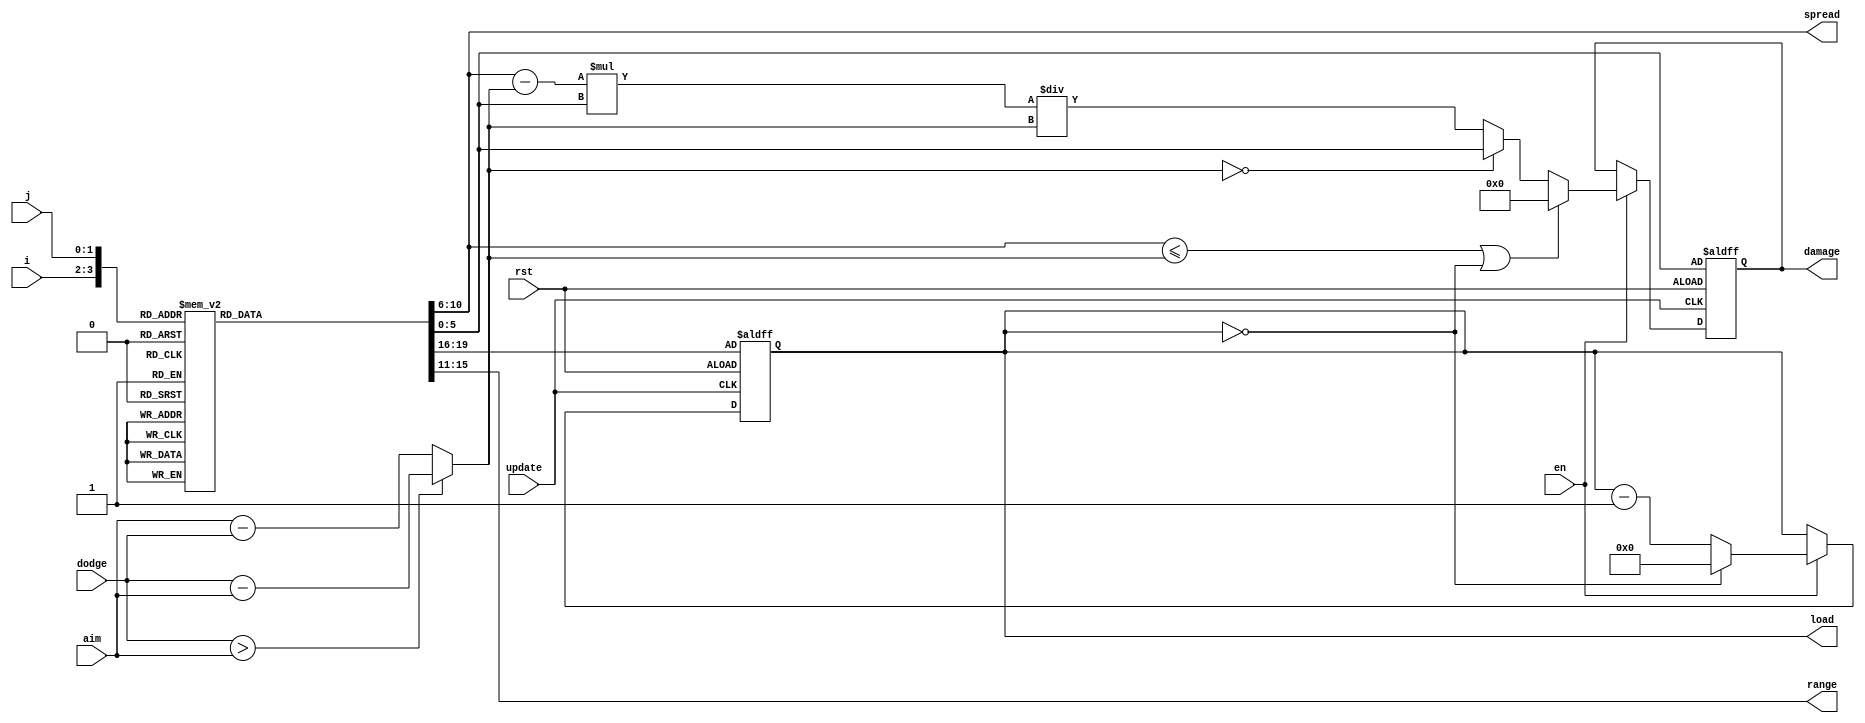
module attack(
       input update,
		 input en, 
		 input rst, 
		 input [1:0]i, 
		 input [1:0]j,
		 input [4:0]dodge,
		 input [4:0]aim,
		 output reg [4:0]spread,
		 output reg [4:0]range,
		 output reg [3:0]load,
		 output reg [5:0]damage);
		 
		 
		 reg [4:0]gap;
		 reg [5:0]maxDamage;
		 reg [3:0]clip;
		 
		 always @(*) begin
		       case ({i, j}) 
						 4'd0: begin
							 maxDamage <= 42; // FireBall
							 spread <= 5;
							 range <= 2;
							 clip <= 3;
						 end
					    4'd1: begin
							  maxDamage <= 50; // Flaming Sword
						     spread <= 5;
							  range <= 1;
							  clip <= 2;
						 end
						 4'd2: begin
							  maxDamage <= 21; // Nova Slice
						  	  spread <= 7;
							  range <= 1;
							  clip <= 3; 
						 end
						 4'd3: begin
							  
							  maxDamage <= 0;
						  	  spread <= 0;
							  range <= 0;
							  clip <= 0;
						 end
						 4'd4: begin
							  maxDamage <= 35;
						  	  spread <= 5;
							  range <= 4;
							  clip <= 2;
						 end
				       4'd5: begin
							  maxDamage <= 28;
							  spread <= 7;
							  range <= 6;
							  clip <= 2;
						 end
			          4'd6: begin
							  maxDamage <= 27;
							  spread <= 9;
							  range <= 5;
							  clip <= 2;
						 end
						 4'd7: begin
							  maxDamage <= 0;
						  	  spread <= 0;
							  range <= 0;
							  clip <= 0;
						 end 
						 4'd8: begin
							  maxDamage <= 25;
							  spread <= 5;
							  range <= 3;
							  clip <= 2;
						 end
				       4'd9: begin
							  maxDamage <= 35;
							  spread <= 5;
							  range <= 3;
							  clip <= 2;
						 end
			          4'd10: begin
							  maxDamage <= 18;
							 spread <= 9;
							 range <= 3; 
							 clip <= 2;
                   end
						 4'd11: begin
							  maxDamage <= 0;
						  	  spread <= 0;
							  range <= 0;
							  clip <= 0;
						 end
						 4'd12: begin
							  maxDamage <= 28;
							 spread <= 5;
							 range <= 1;
							 clip <= 3;
						 end
				       4'd13: begin
							  maxDamage <= 35;
							 spread <= 7;
							 range <= 3;
							 clip <= 2;
						 end
			          4'd14: begin
							 maxDamage <= 28;
							 spread <= 5;
							 range <= 4;
							 clip <= 1;
						 end
						 4'd15: begin
						     maxDamage <= 0;
						  	  spread <= 0;
							  range <= 0;
							  clip <= 0;
				       end		 
					endcase 
		 end
		 
		
			     
		 always@(*) begin
		     if (dodge > aim) begin
			      gap <= dodge - aim;
			  end else begin 
			      gap <= aim - dodge;
				end 
		 end 
		 
		 
		 always @(posedge update or posedge rst) begin
		      if (rst == 1'b1) begin 
			       load <= clip;
				    damage <= maxDamage;
			   end else begin 
			      if (en == 1'b1) begin
		             
				       if (spread <= gap | load == 4'b0) begin
				   	     damage <= 6'b0;
				    	 end else if (gap == 5'd0) begin
						     damage <= maxDamage;
					    end else begin	
 				    	     damage <= (((spread - gap) * maxDamage) / gap);
					    end	
						 if (load == 4'b0) begin 
						     load <= 4'b0;
					    end else begin 
						     load <= load - 4'b1;
						 end
					end 
				end
	         
	     end  
endmodule